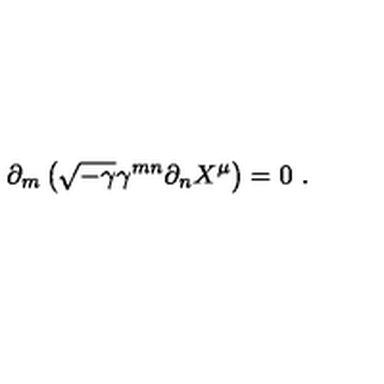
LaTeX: \partial _ { m } \left( \sqrt { - \gamma } \gamma ^ { m n } \partial _ { n } X ^ { \mu } \right) = 0 \ .